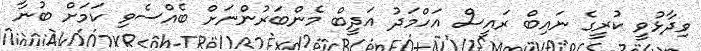
ވިދާޅުވީ ކުރީގެ ނައިބް ރައީސް އަހްމަދު އަދީބް މެންބަރުންނަށް ބެއްސެވި ކަމަށް ބުނާ